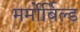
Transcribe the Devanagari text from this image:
मर्मोर्बिल्ड